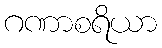
ဂဏာစရိယာ